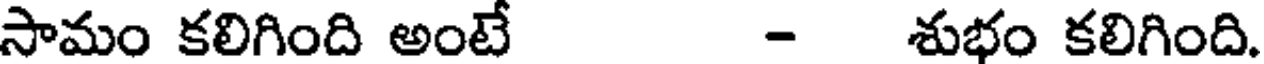
సామం కలిగింది అంటే - శుభం కలిగింది.